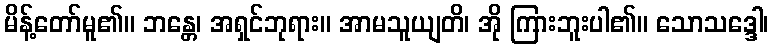
မိန့်တော်မူ၏။ ဘန္တေ၊ အရှင်ဘုရား။ အာမသူယျတိ၊ အို ကြားဘူးပါ၏။ သောသဒ္ဒေါ၊